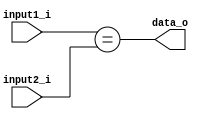
module Equal(
    input1_i,
    input2_i,
    data_o
);

input [31:0] input1_i, input2_i;
output reg data_o;

always@(input1_i, input2_i) 
    data_o = (input1_i == input2_i);

endmodule